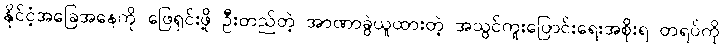
နိုင်ငံ့အခြေအနေကို ဖြေရှင်းဖို့ ဦးတည်တဲ့ အာဏာခွဲယူထားတဲ့ အသွင်ကူးပြောင်းရေးအစိုးရ တရပ်ကို